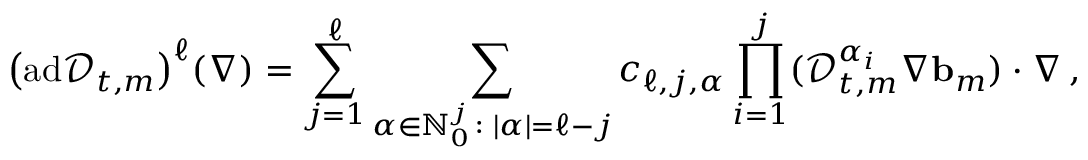
\bigl ( \mathrm { a d } \mathscr { D } _ { t , m } \bigr ) ^ { \ell } ( \nabla ) = \sum _ { j = 1 } ^ { \ell } \sum _ { { \boldsymbol { \alpha } } \in \ensuremath { \mathbb { N } } _ { 0 } ^ { j } \colon | { \boldsymbol { \alpha } } | = \ell - j } c _ { \ell , j , { \boldsymbol { \alpha } } } \prod _ { i = 1 } ^ { j } ( \mathscr { D } _ { t , m } ^ { { \boldsymbol { \alpha } } _ { i } } \nabla \ensuremath { \mathbf { b } } _ { m } ) \cdot \nabla \, ,